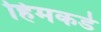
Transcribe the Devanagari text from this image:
हिमकडे